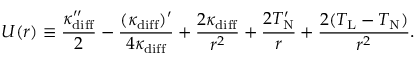
U ( r ) \equiv \frac { \kappa _ { \mathrm { d i f f } } ^ { \prime \prime } } { 2 } - \frac { ( \kappa _ { \mathrm { d i f f } } ) ^ { \prime } } { 4 \kappa _ { \mathrm { d i f f } } } + \frac { 2 \kappa _ { \mathrm { d i f f } } } { r ^ { 2 } } + \frac { 2 T _ { \mathrm { N } } ^ { \prime } } { r } + \frac { 2 ( T _ { \mathrm { L } } - T _ { \mathrm { N } } ) } { r ^ { 2 } } .